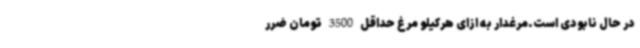
در حال نابودی است.مرغدار به ازای هرکیلو مرغ حداقل 3500 تومان ضرر